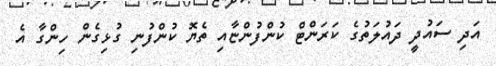
އަދި ސައުދީ ދައުލަތުގެ ކަރަންޓް ކުންފުންޏާއި ތެޔޮ ކުންފުނި ގުޅިގެން ހިންގާ އެ